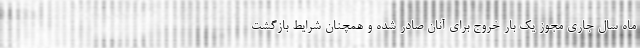
ماه سال جاری مجوز یک بار خروج برای آنان صادر شده و همچنان شرایط بازگشت